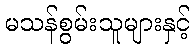
မသန်စွမ်းသူများနှင့်